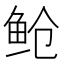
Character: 䲝